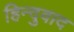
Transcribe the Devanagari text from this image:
हिन्दुवाद